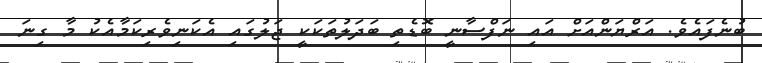
ބުނެފައެވެ. އަރްޔަންއަށް އައި ނަފްސާނީ ބޮޑެތިި ބަދަލުތަކަކީ ޖަލުގައި އެކަނިވެރިކަމާއެކު މާ ގިނަ